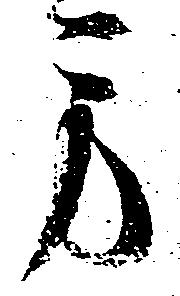
方